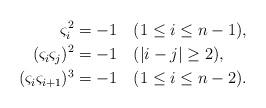
LaTeX: \begin{align*}\varsigma_i^2&=-1 \ \ \ (1\leq i\leq n-1),\\ (\varsigma_i\varsigma_j)^2&=-1\ \ \ (|i-j|\geq 2),\\(\varsigma_i\varsigma_{i+1})^3&=-1\ \ \ ( 1\leq i\leq n-2).\end{align*}